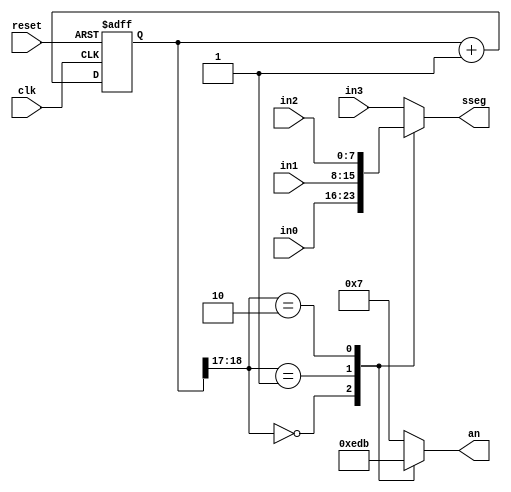
module disp_mux
    (
    input  wire      clk, reset,
    input  wire[7:0] in3, in2, in1, in0,
    output reg[3:0]  an,
    output reg[7:0]  sseg
    );

    // constant declaration
    // refreshing rate aroung 800 Hz (100 MHz / 2^17)
    localparam N = 19;

    // signal declaration
    reg[N-1:0]  q_reg;
    wire[N-1:0] q_next;

    // N-bit counter
    // register
    always @(posedge clk, posedge reset)
        if (reset)
            q_reg <= 0;
        else
            q_reg <= q_next;

    // next-state logic
    assign q_next = q_reg + 1;

    // 2 MSBs of counter to control 4-to-1 mux
    // and to generate active-low enable signal
    always @*
        case (q_reg[N-1:N-2])
            2'b00:
                begin
                    an   = 4'b1110;
                    sseg = in0;
                end
            2'b01:
                begin
                    an   = 4'b1101;
                    sseg = in1;
                end
            2'b10:
                begin
                    an   = 4'b1011;
                    sseg = in2;
                end
            default:
                begin
                    an   = 4'b0111;
                    sseg = in3;
                end
        endcase

endmodule